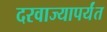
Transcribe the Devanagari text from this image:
दरवाज्यापर्यंत